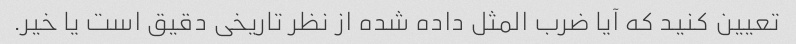
تعیین کنید که آیا ضرب المثل داده شده از نظر تاریخی دقیق است یا خیر.